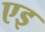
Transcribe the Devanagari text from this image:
एइ